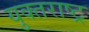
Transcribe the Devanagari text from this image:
युक्तराष्ट्र